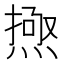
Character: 𱫰